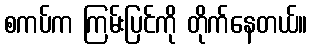
စကပ်က ကြမ်းပြင်ကို တိုက်နေတယ်။